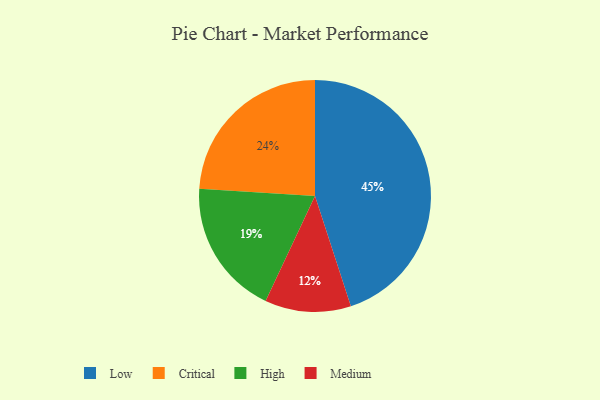
{"axis": {"x": "Category", "y": "Percentage"}, "legend": ["Critical", "High", "Low", "Medium"], "data": [{"x": "Critical", "y": 24, "type": "Critical"}, {"x": "Low", "y": 45, "type": "Low"}, {"x": "High", "y": 19, "type": "High"}, {"x": "Medium", "y": 12, "type": "Medium"}]}